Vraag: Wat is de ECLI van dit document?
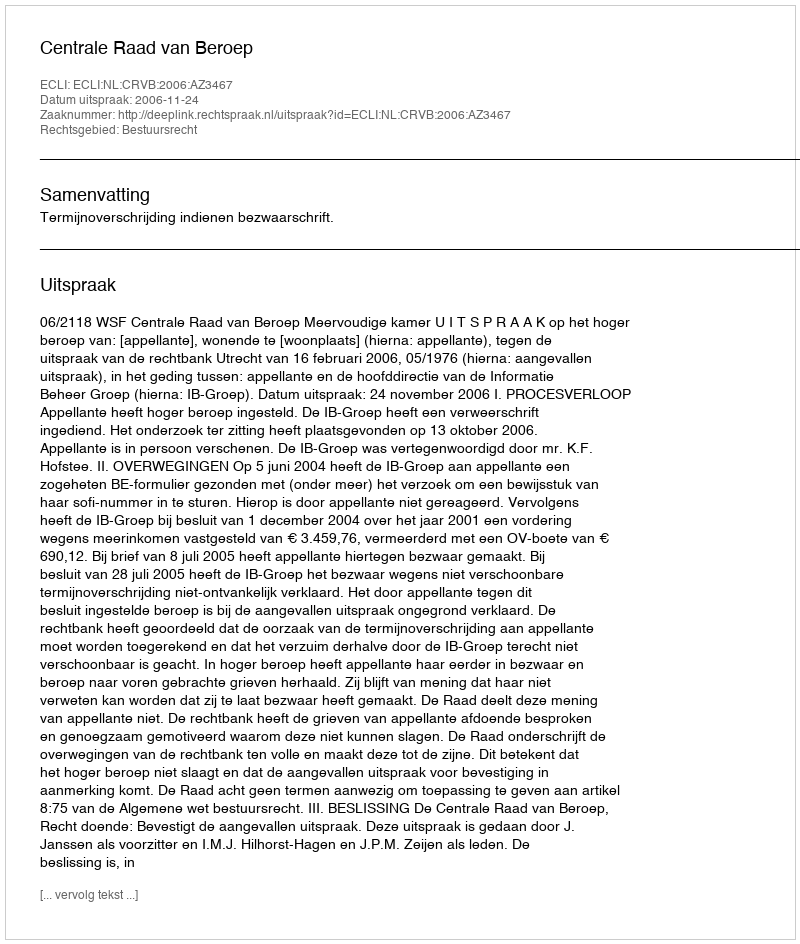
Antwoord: ECLI:NL:CRVB:2006:AZ3467